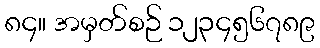
၈၄။ အမှတ်စဉ် ၁၂၃၄၅၆၇၈၉